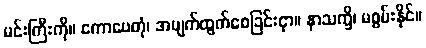
မင်းကြီးကို။ ကောပေတုံ၊ အမျက်ထွက်စေခြင်းငှာ။ နာသက္ခိ၊ မစွမ်းနိုင်။